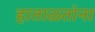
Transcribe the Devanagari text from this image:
हाताळतांना